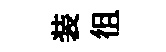
装徂